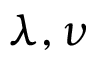
\lambda , \nu